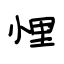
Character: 悝